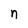
Character: n